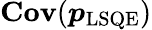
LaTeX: \mathbf{Cov}(\boldsymbol{p}_{\mathrm{LSQE}})